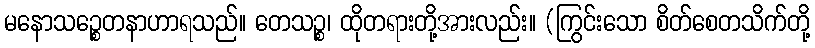
မနောသဉ္စေတနာဟာရသည်။ တေသဉ္စ၊ ထိုတရားတို့အားလည်း။ (ကြွင်းသော စိတ်စေတသိက်တို့